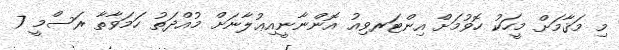
މި މަޤާމަށް މީހަކު ހޮވުމަށް އިންޓަރވިއު އޮންނާނީއިޢުލާނަށް މުއްދަތު ހަމަވާތާ ރަސްމީ 7